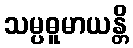
သမ္ပဓူမာယန္တိ